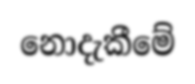
නොදැකීමේ